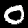
Digit: 0